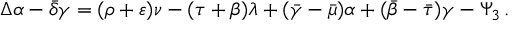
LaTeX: \Delta \alpha - { \bar { \delta } } \gamma = ( \rho + \varepsilon ) \nu - ( \tau + \beta ) \lambda + ( { \bar { \gamma } } - { \bar { \mu } } ) \alpha + ( { \bar { \beta } } - { \bar { \tau } } ) \gamma - \Psi _ { 3 } \, .